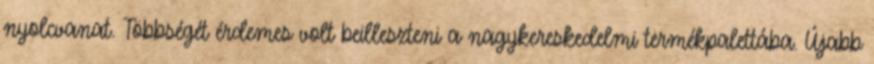
nyolcvanat. Többségét érdemes volt beilleszteni a nagykereskedelmi termékpalettába. Újabb